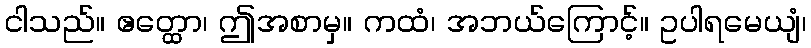
ငါသည်။ ဧတ္ထော၊ ဤအစာမှ။ ကထံ၊ အဘယ်ကြောင့်။ ဥပါရမေယျံ၊